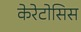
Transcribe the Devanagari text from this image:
केरेटोसिस